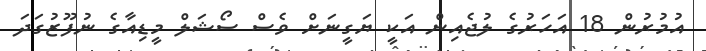
އުމުރުން 18 އަހަރުގެ ލުޖެއިން އަކީ ޔަގީނަށް ވެސް ސޯޝަލް މީޑިއާގެ ނުފޫޒުގަދަ